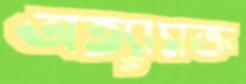
অত্যাসক্ত